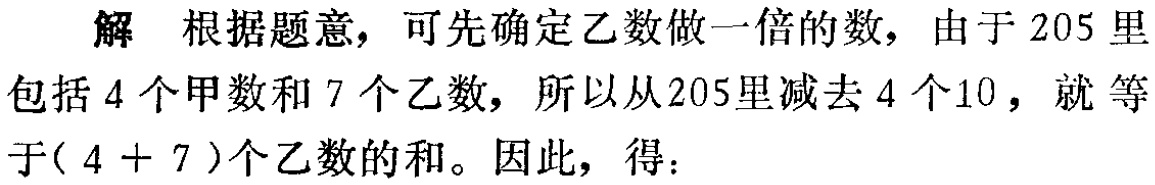
解 根据题意，可先确定乙数做一倍的数，由于 \(205\) 里包括 \(4\) 个甲数和 \(7\) 个乙数，所以从 \(205\) 里减去 \(4\) 个 \(10\)，就 等于\((4 + 7)\)个乙数的和。因此，得：